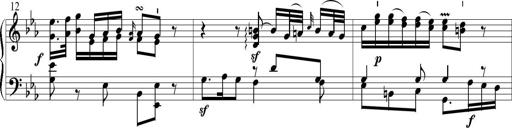
Title: 6 Leichte Sonatinen, Teil 1
Composer: F. Sigismund Sander